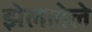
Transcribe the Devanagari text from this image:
झेललेले